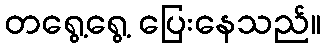
တရွေ့ရွေ့ ပြေးနေသည်။